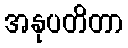
အနုပတိတာ